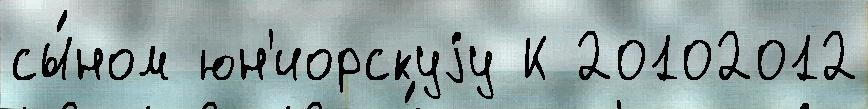
сы́ном юн'иорскуjу К 20102012